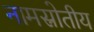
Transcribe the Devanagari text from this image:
नामस्रोतीय